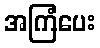
အကြံပေး